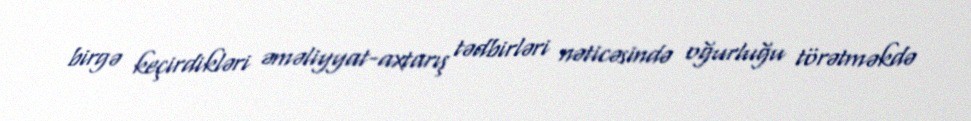
birgə keçirdikləri əməliyyat-axtarış tədbirləri nəticəsində oğurluğu törətməkdə